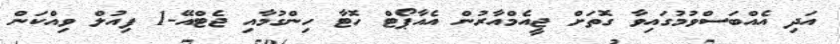
އަދި އެއްބަސްވުމުގައިވާ ގޮތަށް ޖީއެމްއާރުން އެއާޕޯޓް ހޮޓާ ހިންގުމާއި ޖެޓްއޭ-1 ފިއުލް ވިއްކަން